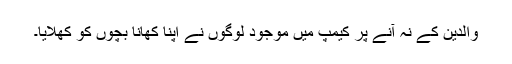
والدین کے نہ آنے پر کیمپ میں موجود لوگوں نے اپنا کھانا بچوں کو کھلایا۔